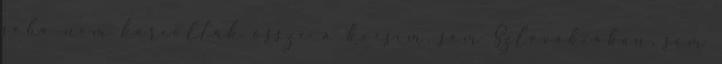
soha nem karcolták össze a kocsim, sem Szlovákiában, sem